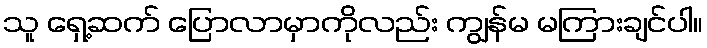
သူ ရှေ့ဆက် ပြောလာမှာကိုလည်း ကျွန်မ မကြားချင်ပါ။